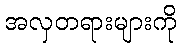
အလှတရားများကို